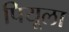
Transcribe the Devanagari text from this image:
पियूला